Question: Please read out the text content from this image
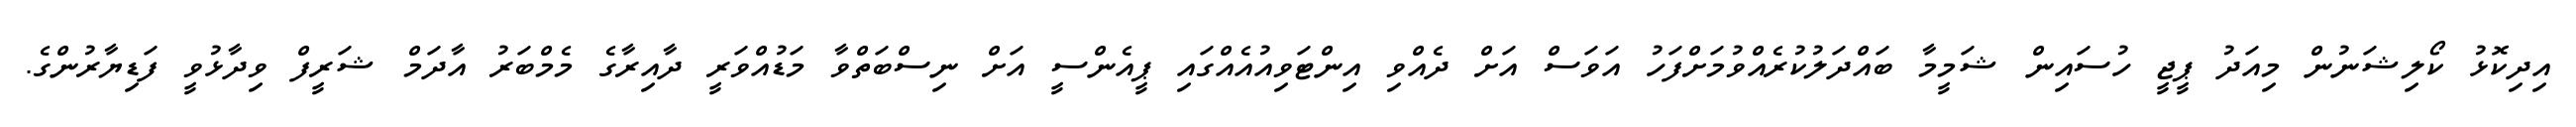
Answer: އިދިކޮޅު ކޯލިޝަނުން މިއަދު ޕީޖީ ހުސައިން ޝަމީމާ ބައްދަލުކުރެއްވުމަށްފަހު އަވަސް އަށް ދެއްވި އިންޓަވިއުއެއްގައި ޕީއެންސީ އަށް ނިސްބަތްވާ މަޑުއްވަރީ ދާއިރާގެ މެމްބަރު އާދަމް ޝަރީފް ވިދާޅުވީ ފަޑިޔާރުންގެ.